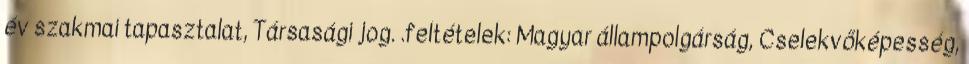
év szakmai tapasztalat, Társasági jog. .feltételek: Magyar állampolgárság, Cselekvőképesség,